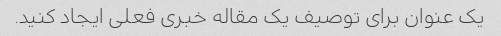
یک عنوان برای توصیف یک مقاله خبری فعلی ایجاد کنید.